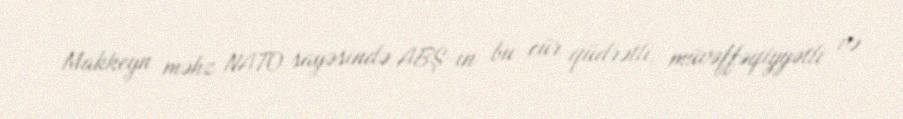
Makkeyn məhz NATO sayəsində ABŞ-ın bu cür qüdrətli, müvəffəqiyyətli və